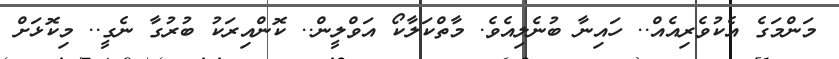
މަންމަގެ އެކުވެރިއެއް.. ހައިނާ ބުނެލިއެވެ. މާތްކަލާކޯ އަވްލީން.. ކޮންއިރަކު ބުރުގާ ނެގީ.. މިކޮޅަށް